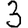
Digit: 3